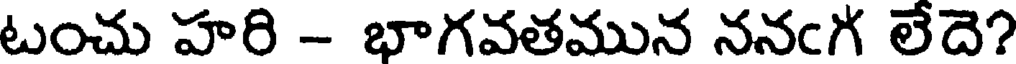
టంచు హరి - భాగవతమున ననఁగ లేదె?